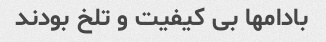
بادامها بی کیفیت و تلخ بودند